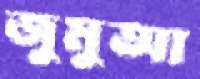
জুমুআ